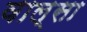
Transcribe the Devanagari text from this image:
वाल्सा